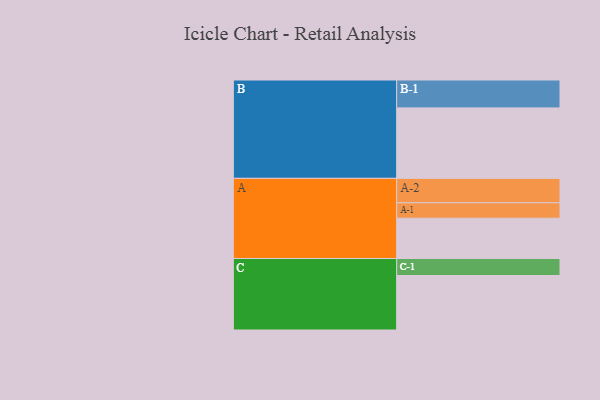
{"axis": {"x": "Segment", "y": "Value"}, "legend": ["", "A", "B", "C"], "data": [{"x": "A", "y": 341, "type": ""}, {"x": "B", "y": 596, "type": ""}, {"x": "C", "y": 461, "type": ""}, {"x": "A-1", "y": 130, "type": "A"}, {"x": "A-2", "y": 207, "type": "A"}, {"x": "B-1", "y": 236, "type": "B"}, {"x": "C-1", "y": 144, "type": "C"}]}